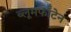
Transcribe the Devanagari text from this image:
ब्लूमफॉँटेन